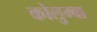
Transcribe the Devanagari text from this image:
कोलुम्बा